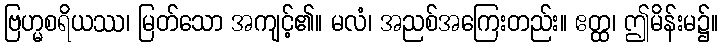
ဗြဟ္မစရိယဿ၊ မြတ်သော အကျင့်၏။ မလံ၊ အညစ်အကြေးတည်း။ ဧတ္ထ၊ ဤမိန်းမ၌။